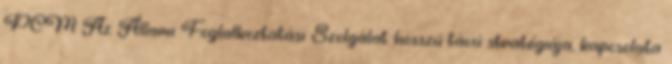
PCM Az Állami Foglalkoztatási Szolgálat hosszú távú stratégiája, kapcsolata